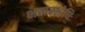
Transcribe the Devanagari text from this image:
भवाम्भोधिः